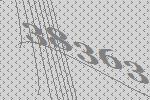
38363